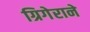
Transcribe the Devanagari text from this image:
ग्रिगेराने